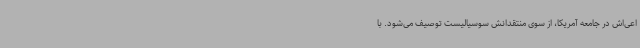
اعی‌اش در جامعه آمریکا، از سوی منتقدانش سوسیالیست توصیف می‌شود. با